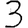
Digit: 3